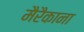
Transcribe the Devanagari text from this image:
मैरैकाना